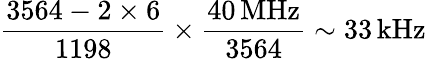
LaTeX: \mathrm{\frac{3564-2\times 6}{1198}\times\frac{40\, MHz}{3564}\sim 33\, kHz}